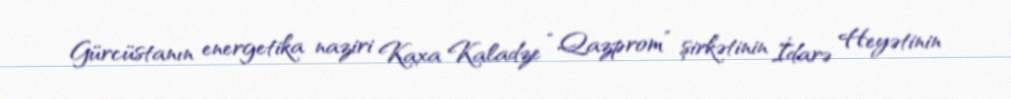
Gürcüstanın energetika naziri Kaxa Kaladze “Qazprom” şirkətinin İdarə Heyətinin